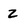
Character: z